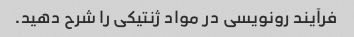
فرآیند رونویسی در مواد ژنتیکی را شرح دهید.